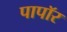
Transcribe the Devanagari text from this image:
पापॉर